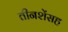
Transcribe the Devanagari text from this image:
तीनशेंसह